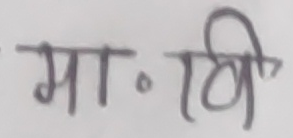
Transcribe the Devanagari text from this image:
मा.वि.